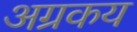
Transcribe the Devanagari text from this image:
अग्रकय